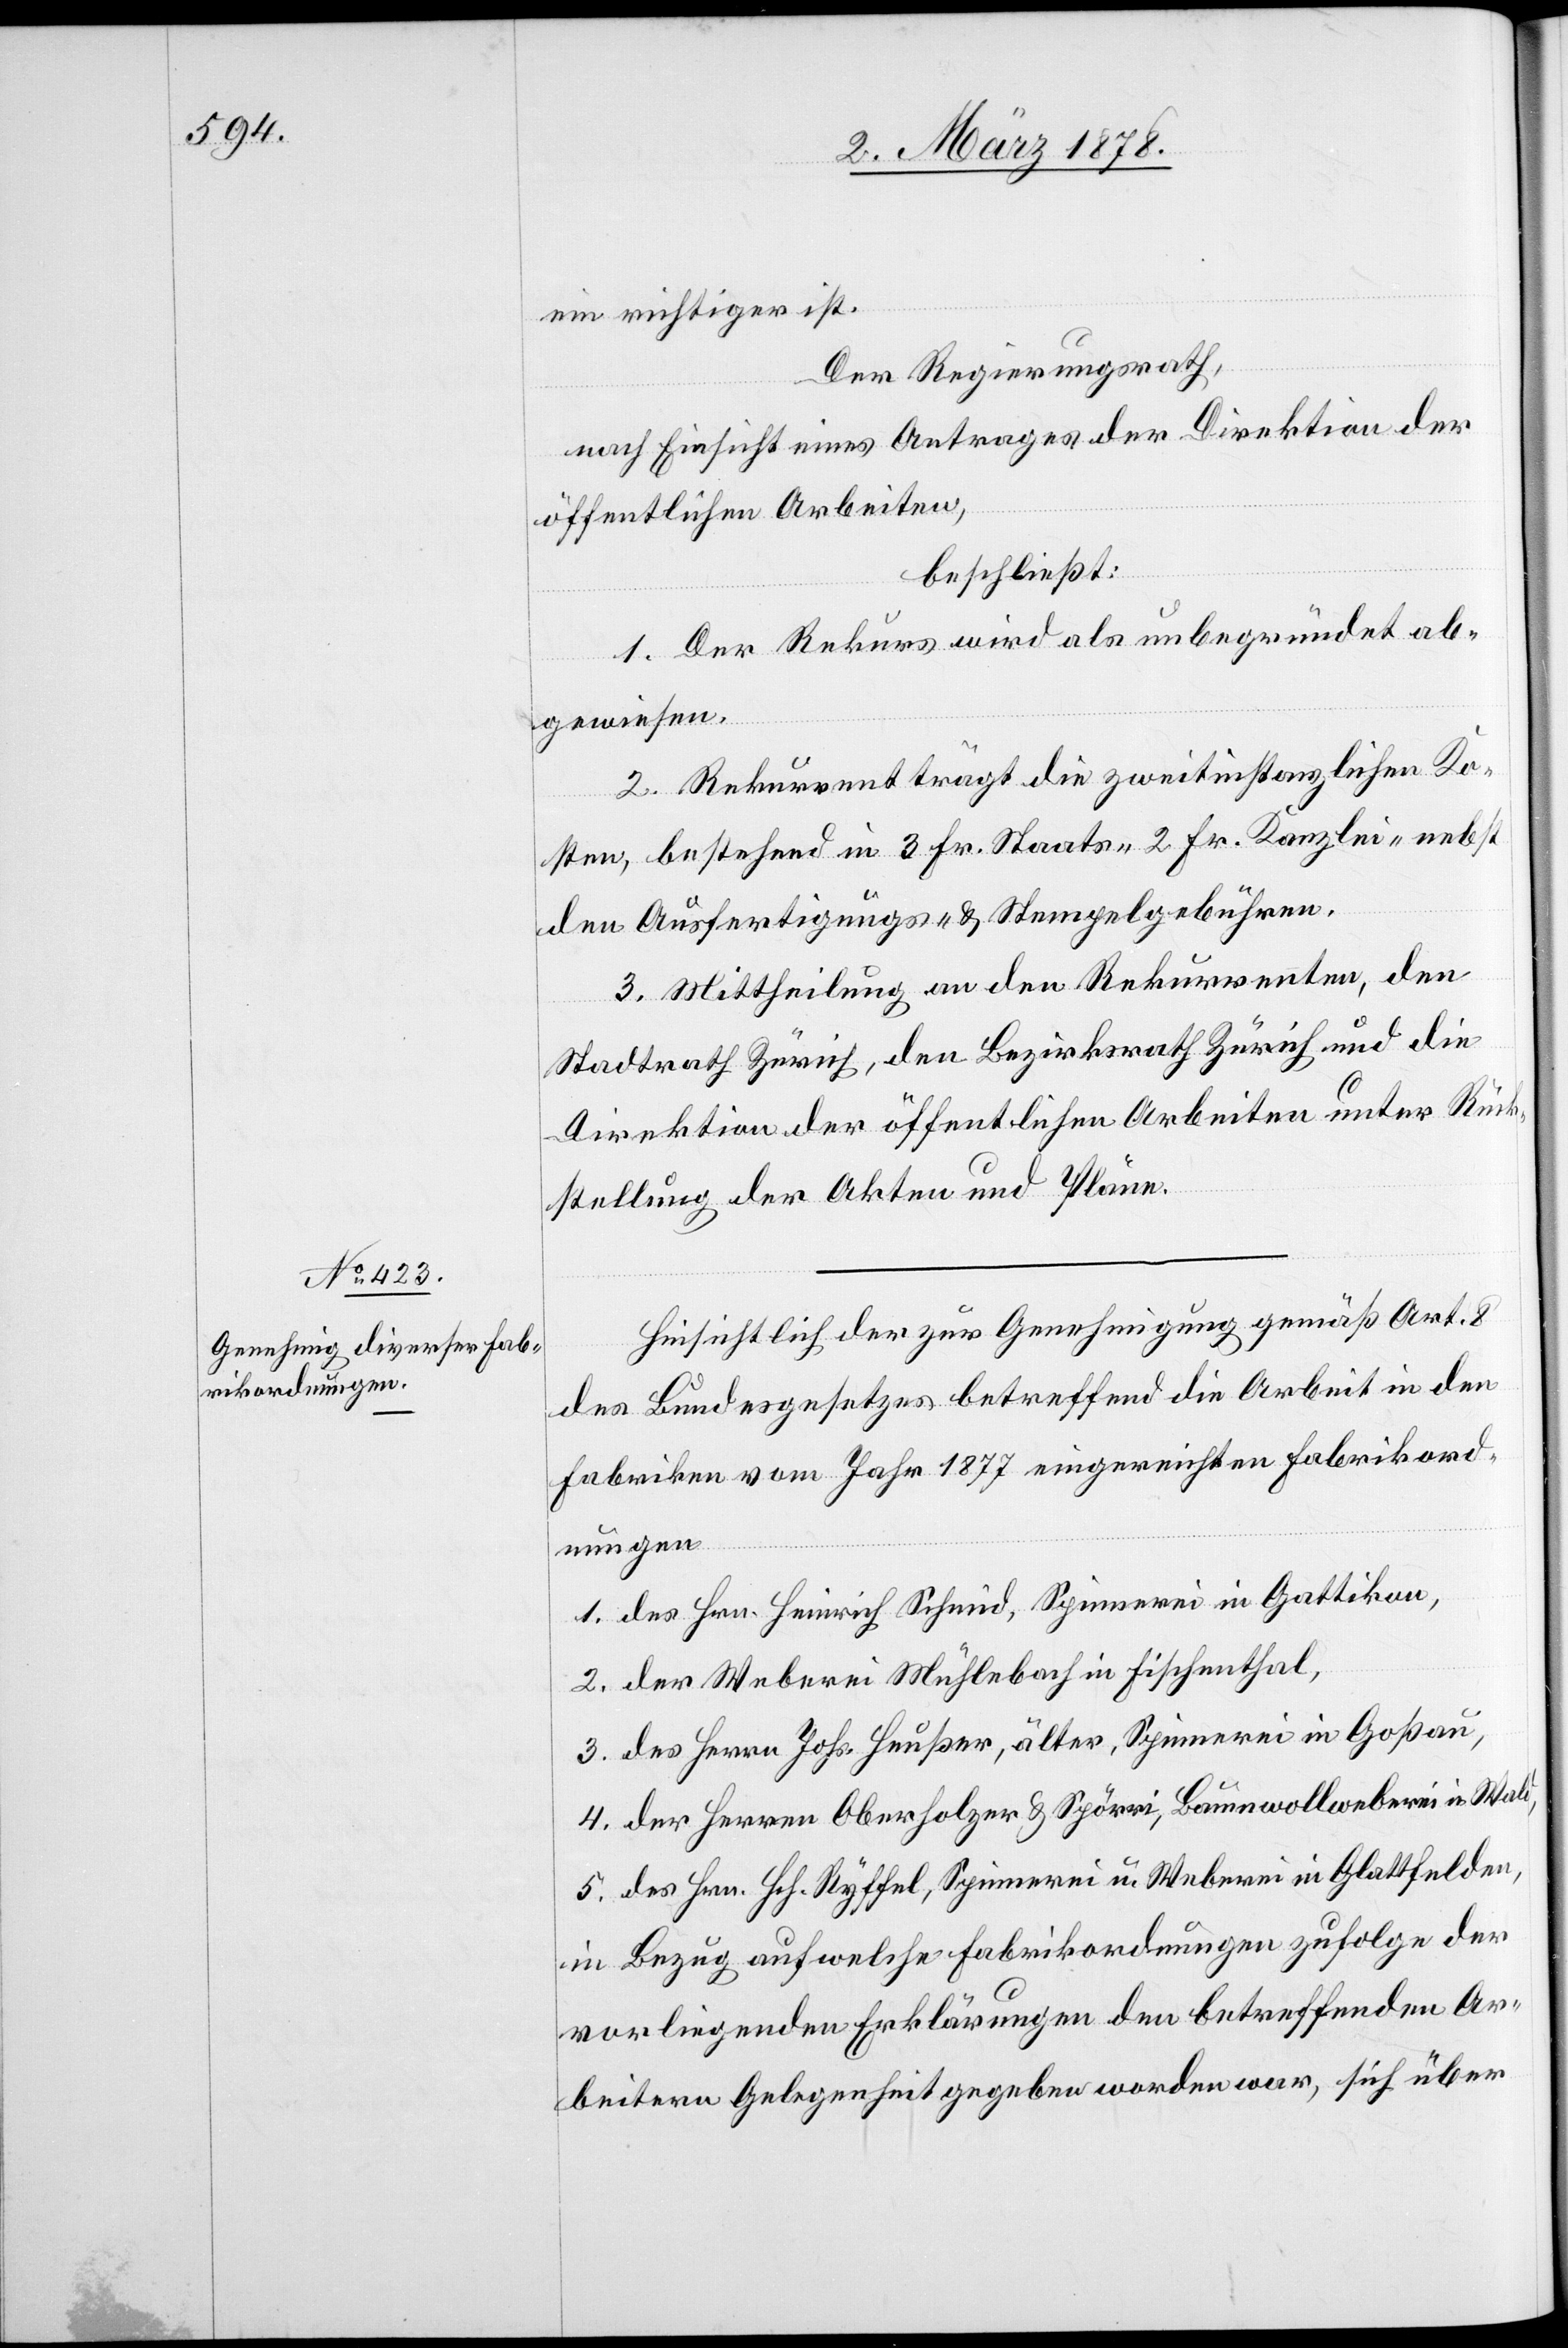
ein richtiger ist.
Der Regierungsrath,
nach Einsicht eines Antrages der Direktion der
öffentlichen Arbeiten,
beschließt:
1. Der Rekurs wird als unbegründet ab¬
gewiesen.
2. Rekurrent trägt die zweitinstanzlichen Ko¬
sten, bestehend in 3 Fr. Staats-[,] 2 Fr. Kanzlei-[,] nebst
den Ausfertigungs- & Stempelgebühren.
3. Mittheilung an den Rekurrenten, den
Stadtrath Zürich, den Bezirksrath Zürich und die
Direktion der öffentlichen Arbeiten unter Rück¬
stellung der Akten und Pläne.
Hinsichtlich der zur Genehmigung gemäß Art. 8
des Bundesgesetzes betreffend die Arbeit in den
Fabriken vom Jahr 1877 eingereichten Fabrikord¬
nungen
1. des Hrn. Heinrich Schmid, Spinnerei in Gattikon,
2. der Weberei Mühlebach in Fischenthal,
3. des Herrn Johs. Heußer, älter, Spinnerei in Goßau,
4. der Herren Oberholzer & Spötti, Baumwollweberei in Wald,
5. des Hrn. Hch. Ryffel, Spinnerei u. Weberei in Glattfelden,
in Bezug auf welche Fabrikordnungen zufolge der
vorliegenden Erklärungen den betreffenden Ar¬
beitern Gelegenheit gegeben worden war, sich über